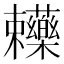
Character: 𧆄